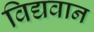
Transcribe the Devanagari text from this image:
विद्यवान